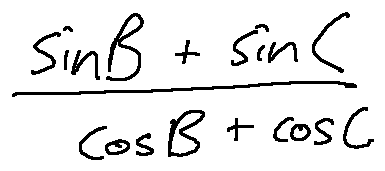
\frac { \sin B + \sin C } { \cos B + \cos C }